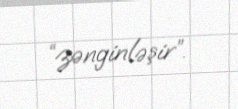
“zənginləşir”.